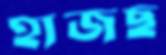
হাজছ